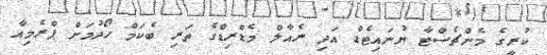
ކުރީގެ މެންޗެސްޓާ ޔުނައިޓެޑް އަދި ރެއާލް މެޑްރިޑްގެ ތަރި ބެކަމް ހޯދުމަށް ޕްރެމިއާ